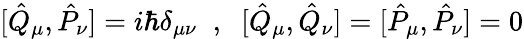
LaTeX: [\hat{Q}_{\mu},\hat{P}_{\nu}]=i\hbar\delta_{\mu\nu}\; \; ,\; \; [\hat{Q}_{\mu},\hat{Q}_{\nu}]=[\hat{P}_{\mu},\hat{P}_{\nu}]=0